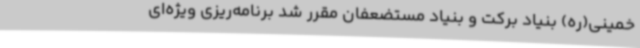
خمینی(ره) بنیاد برکت و بنیاد مستضعفان مقرر شد برنامه‌ریزی ویژه‌ای